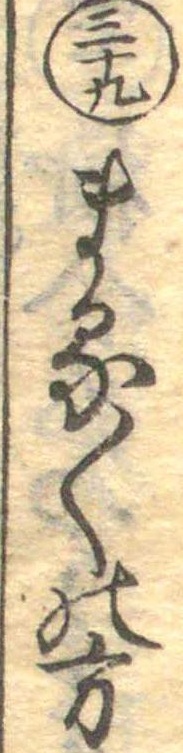
三十九まる〱の方